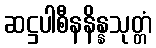
ဆဋ္ဌပါစီနနိန္နသုတ္တံ